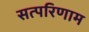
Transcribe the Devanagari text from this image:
सत्परिणाम